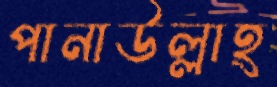
পানাউল্লাহ্